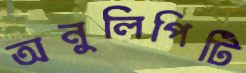
অনুলিপিটি